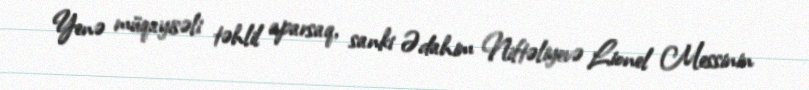
Yenə müqayisəli təhlil aparsaq, sanki Ədahim Niftəliyevə Lionel Messinin